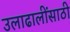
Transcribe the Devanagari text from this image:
उलाढालींसाठी